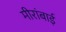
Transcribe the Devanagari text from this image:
मीरांबाई